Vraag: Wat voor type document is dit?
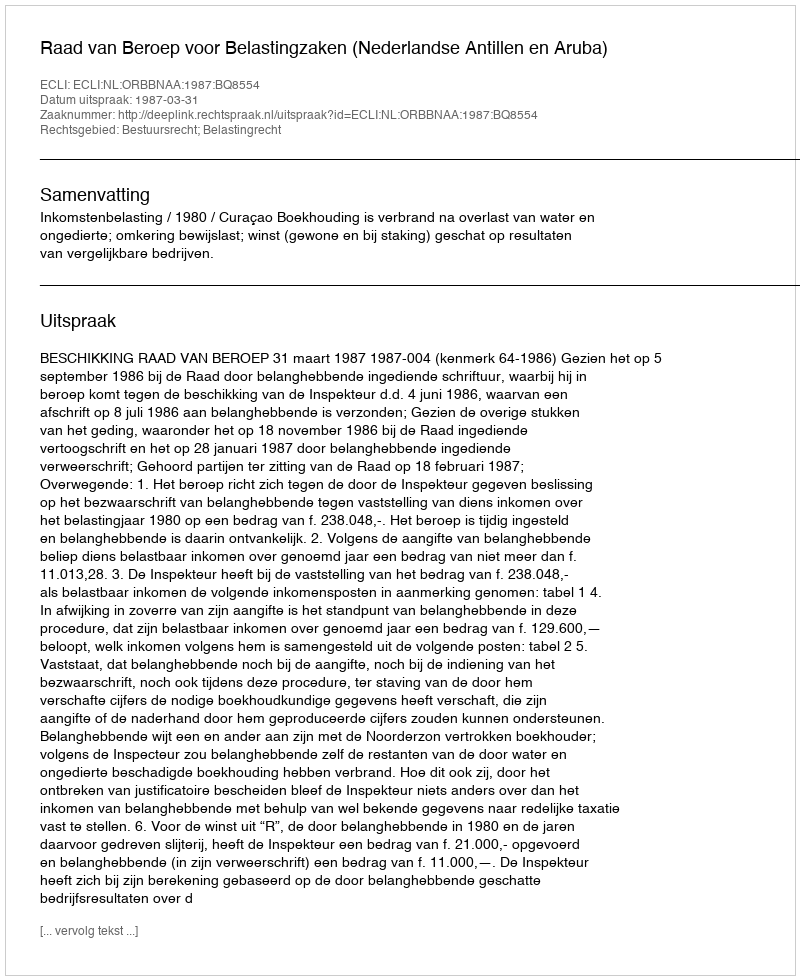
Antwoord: Uitspraak